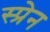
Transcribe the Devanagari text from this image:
स्प्रेन